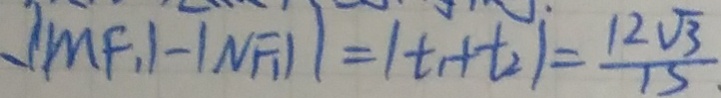
/ M F _ { 1 } \vert - \vert N F _ { 1 } \vert = \vert t _ { 1 } + t _ { 2 } \vert = \frac { 1 2 \sqrt { 3 } } { 1 5 }